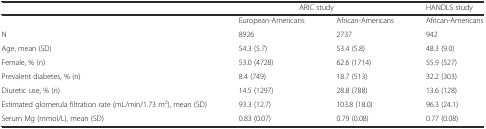
|  | <COLSPAN=2> ARIC study | HANDLS study |
 | --- | --- | --- | --- |
 |  | European-Americans | African-Americans | African-Americans |
 | N | 8926 | 2737 | 942 |
 | Age, mean (SD) | 54.3 (5.7) | 53.4 (5.8) | 48.3 (9.0) |
 | Female, % (n) | 53.0 (4728) | 62.6 (1714) | 55.9 (527) |
 | Prevalent diabetes, % (n) | 8.4 (749) | 18.7 (513) | 32.2 (303) |
 | Diuretic use, % (n) | 14.5 (1297) | 28.8 (788) | 13.6 (128) |
 | Estimated glomerula filtration rate (mL/min/1.73 m2), mean (SD) | 93.3 (12.7) | 103.8 (18.0) | 96.3 (24.1) |
 | Serum Mg (mmol/L), mean (SD) | 0.83 (0.07) | 0.79 (0.08) | 0.77 (0.08) |